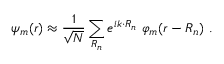
\psi _ { m } ( { \boldsymbol { r } } ) \approx { \frac { 1 } { \sqrt { N } } } \sum _ { \boldsymbol { R _ { n } } } e ^ { i { \boldsymbol { k \cdot R _ { n } } } } \ \varphi _ { m } ( { \boldsymbol { r - R _ { n } } } ) \ .